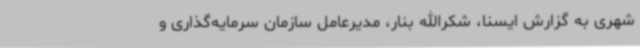
شهری به گزارش ایسنا، شکرالله بنار، مدیرعامل سازمان سرمایه‌گذاری و